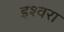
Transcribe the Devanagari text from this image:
इश्वरा